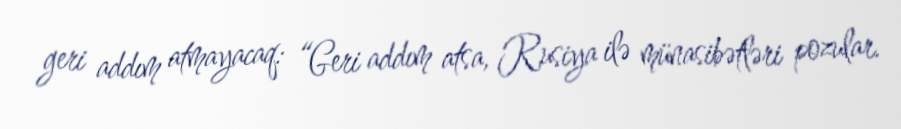
geri addım atmayacaq: “Geri addım atsa, Rusiya ilə münasibətləri pozular.